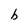
Character: b